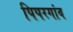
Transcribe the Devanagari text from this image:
पिपरगांव